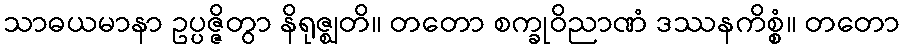
သာဓယမာနာ ဥပ္ပဇ္ဇိတွာ နိရုဇ္ဈတိ။ တတော စက္ခုဝိညာဏံ ဒဿနကိစ္စံ။ တတော